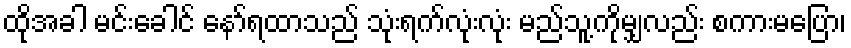
ထိုအခါ မင်းခေါင် နော်ရထာသည် သုံးရက်လုံးလုံး မည်သူ့ကိုမျှလည်း စကားမပြော၊